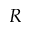
R